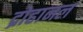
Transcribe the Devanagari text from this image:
द्रोहानल